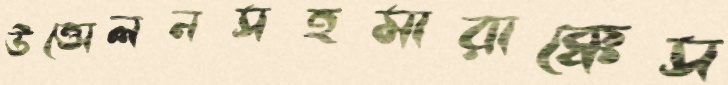
উত্তোলনসহমারাক্কেস